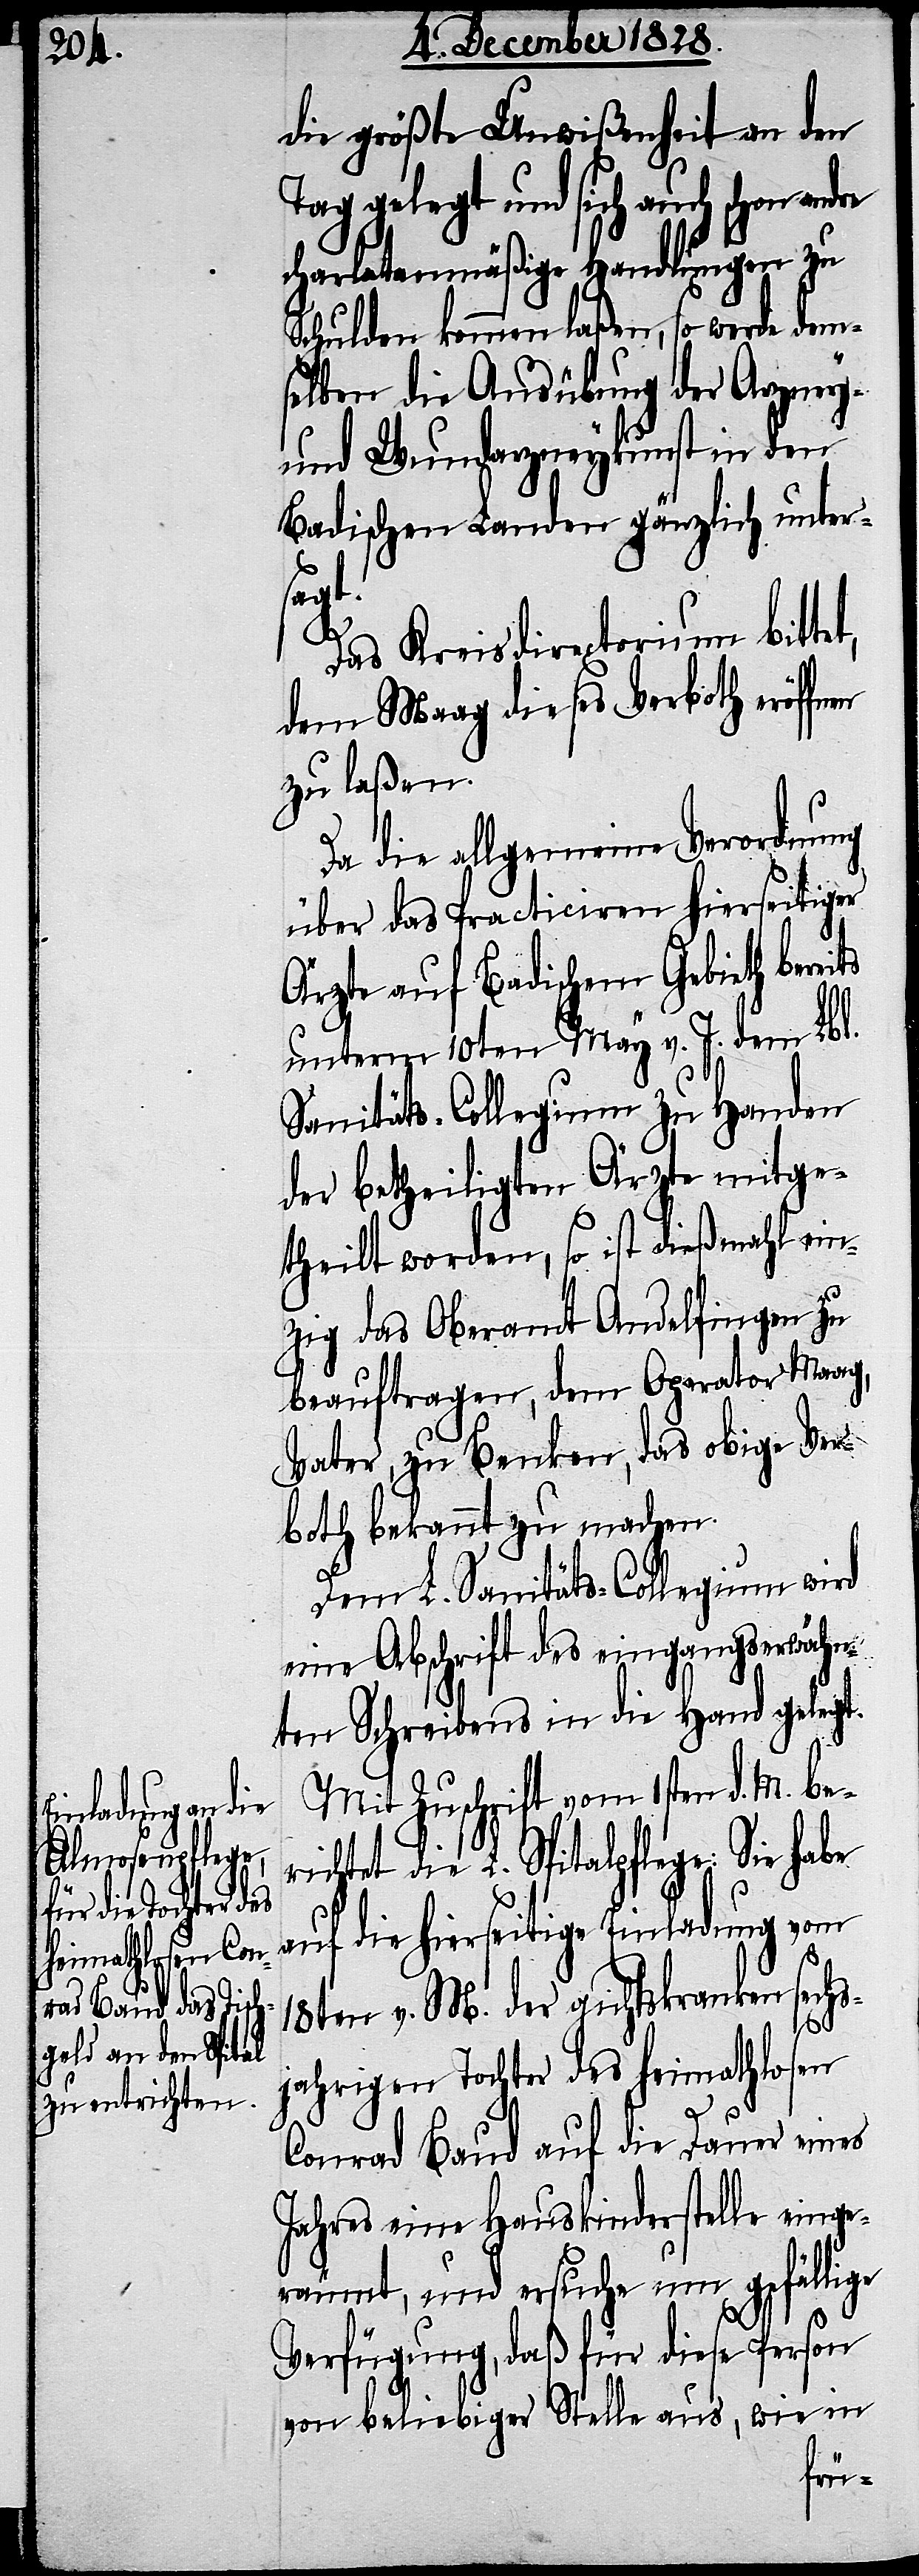
die größte Unwißenheit an den
Tag gelegt und sich auch schon andre
charlatanmäßige Handlungen zu
Schulden kommen laßen, so werde dem¬
en
selben die Ausübung der Arzney-
und Wundarzneykunst in den
Badischen Landen gänzlich unter¬
sagt.
Das Kreisdirectorium bittet,
dem Maag dieses Verboth eröffn¬
zu laßen.
Da die allgemeine Verordnung
über das Practiciren hierseitiger
Ärzte auf Badischem Gebieth berei¬
unterm 10ten May v. J. dem Lbl.
Sanitäts-Collegium zu Handen
der betheiligten Ärzte mitge¬
theilt worden, so ist dießmahl ein¬
zig das Oberamt Andelfingen zu
beauftragen, dem Operator Maag,
Vater, zu Benken, das obige Ver¬
both bekannt zu machen.
Dem L. Sanitäts-Collegium wird
eine Abschrift des eingangserwähn¬
ten Schreibens in die Hand gelegt.
Mit Zuschrift vom 1sten d. M. be¬
richtet die L. Spitalpflege: Sie habe
auf die hierseitige Einladung vom
18ten v. M. der gichtskranken sechs¬
jahrigen Tochter des heimathlosen
Conrad Baud auf die Dauer eines
Jahres eine Hauskinderstelle einge¬
räumt, und ersuche um gefällige
ts
Verfügung, daß für diese Person
von beliebiger Stelle aus, wie in